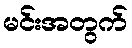
မင်းအတွက်